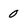
Character: 0